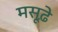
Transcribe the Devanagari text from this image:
मसूढ़े